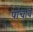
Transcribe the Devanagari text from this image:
पांचवि